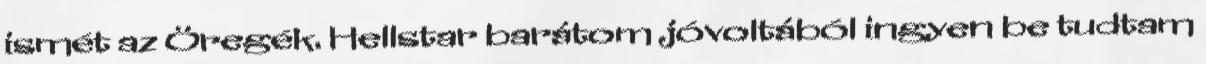
ismét az Öregék. Hellstar barátom jóvoltából ingyen be tudtam